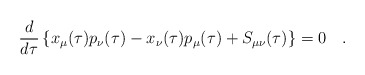
\begin{align*}\frac{d}{d\tau } \left\{ x_{\mu }(\tau )p_{\nu}(\tau ) - x_{\nu}(\tau)p_{\mu}(\tau ) + S_{\mu \nu }(\tau ) \right\} = 0 ~~~.\end{align*}